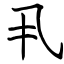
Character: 丮